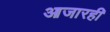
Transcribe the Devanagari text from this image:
आजारही